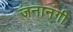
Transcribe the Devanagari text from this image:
जनानंगी